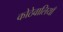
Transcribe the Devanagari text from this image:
कोठेवालियाँ